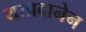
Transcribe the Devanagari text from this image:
यत्प्रदानेन